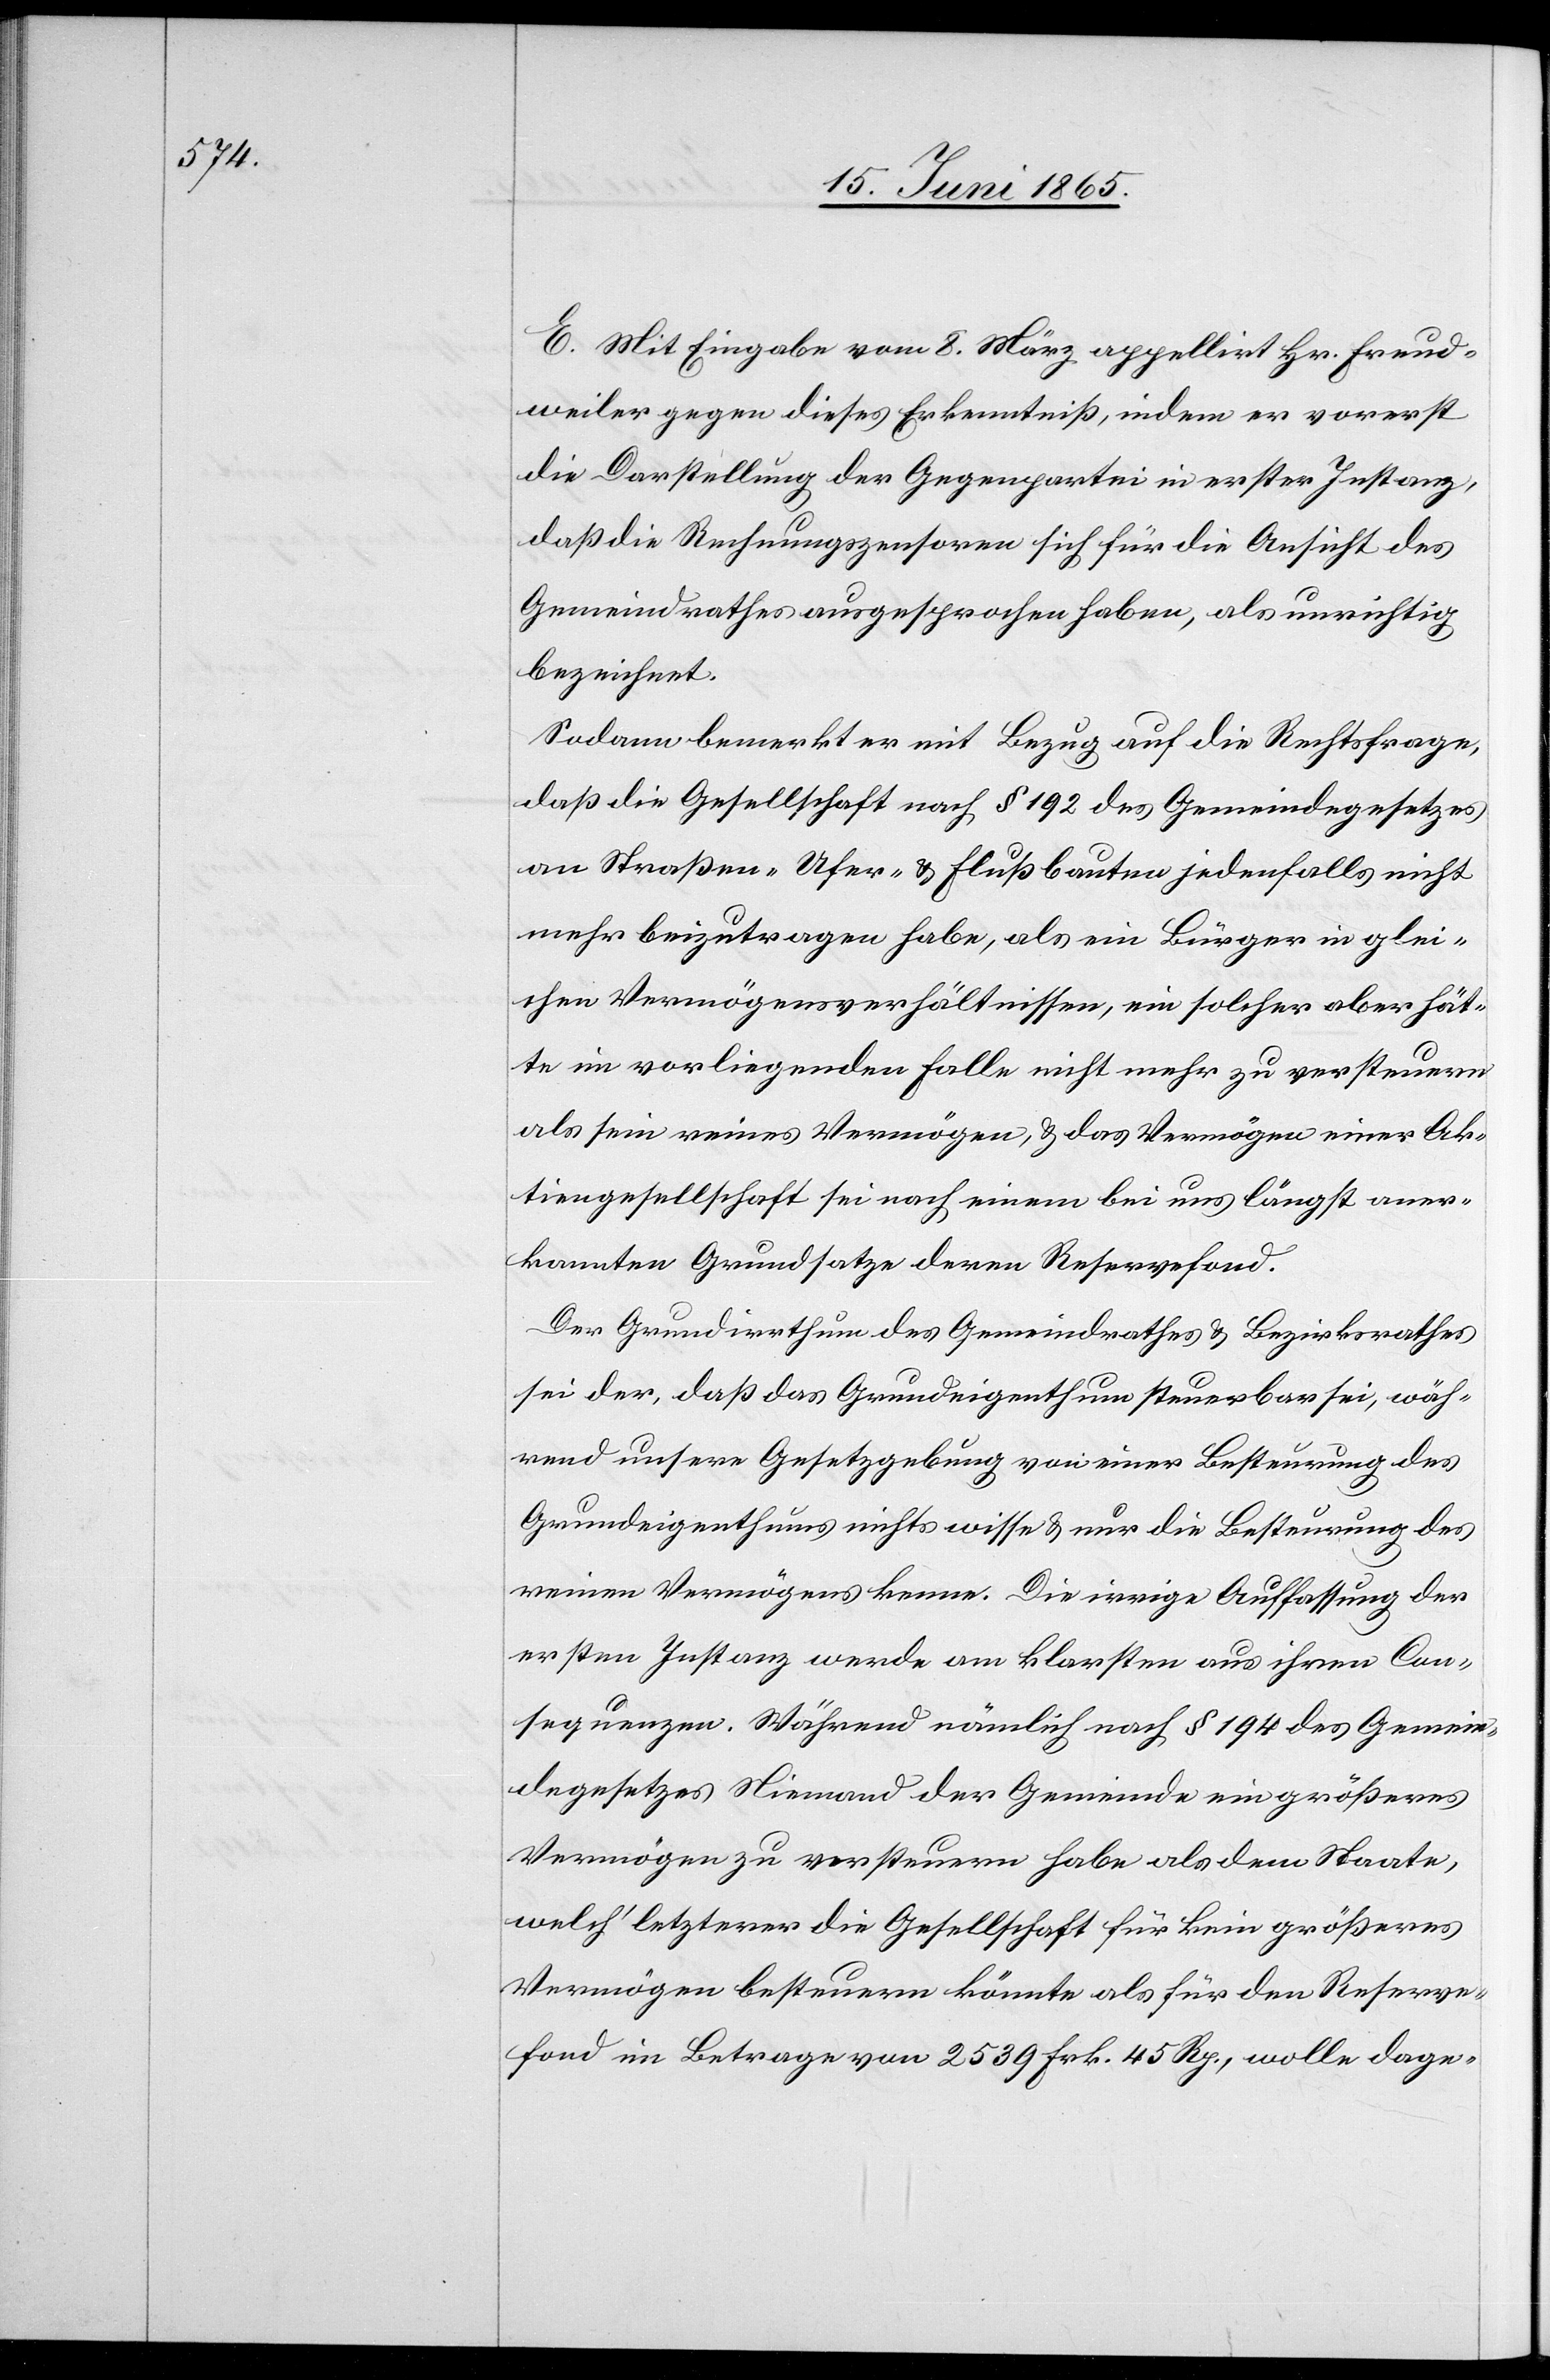
E. Mit Eingabe vom 8. März appellirt Hr. Freud¬
weiler gegen dieses Erkenntniß, indem er vorerst
die Darstellung der Gegenpartei in erster Instanz,
daß die Rechnungszensoren sich für die Ansicht des
Gemeindrathes ausgesprochen haben, als unrichtig
bezeichnet.
Sodann bemerkt er mit Bezug auf die Rechtsfrage,
daß die Gesellschaft nach § 192 des Gemeindegesetzes
an Straßen- Ufer- & Flußbauten jedenfalls nicht
mehr beizutragen habe, als ein Bürger in glei¬
chen Vermögensverhältnissen, ein solcher aber hät¬
te im vorliegenden Falle nicht mehr zu versteuern
als sein reines Vermögen, & das Vermögen einer Ak¬
tiengesellschaft sei nach einem bei uns längst aner¬
kannten Grundsatze deren Reservefond.
Der Grundirrthum des Gemeindrathes & Bezirksrathes
sei der, das das Grundeigenthum steuerbar sei, wäh¬
rend unsere Gesetzgebung von einer Besteurung des
Grundeigenthums nichts wisse & nur die Besteurung des
reinen Vermögens kenne. Die irrige Auffassung der
ersten Instanz werde am klarsten aus ihren Con¬
sequenzen. Während nämlich nach § 194 des Gemein¬
degesetzes Niemand der Gemeinde ein größeres
Vermögen zu versteuern habe als dem Staate,
welch’ letzterer die Gesellschaft für kein größeres
Vermögen besteuern könnte als für den Reserve¬
fond im Betrage von 2539 Frk. 45 Rp., wolle dage-